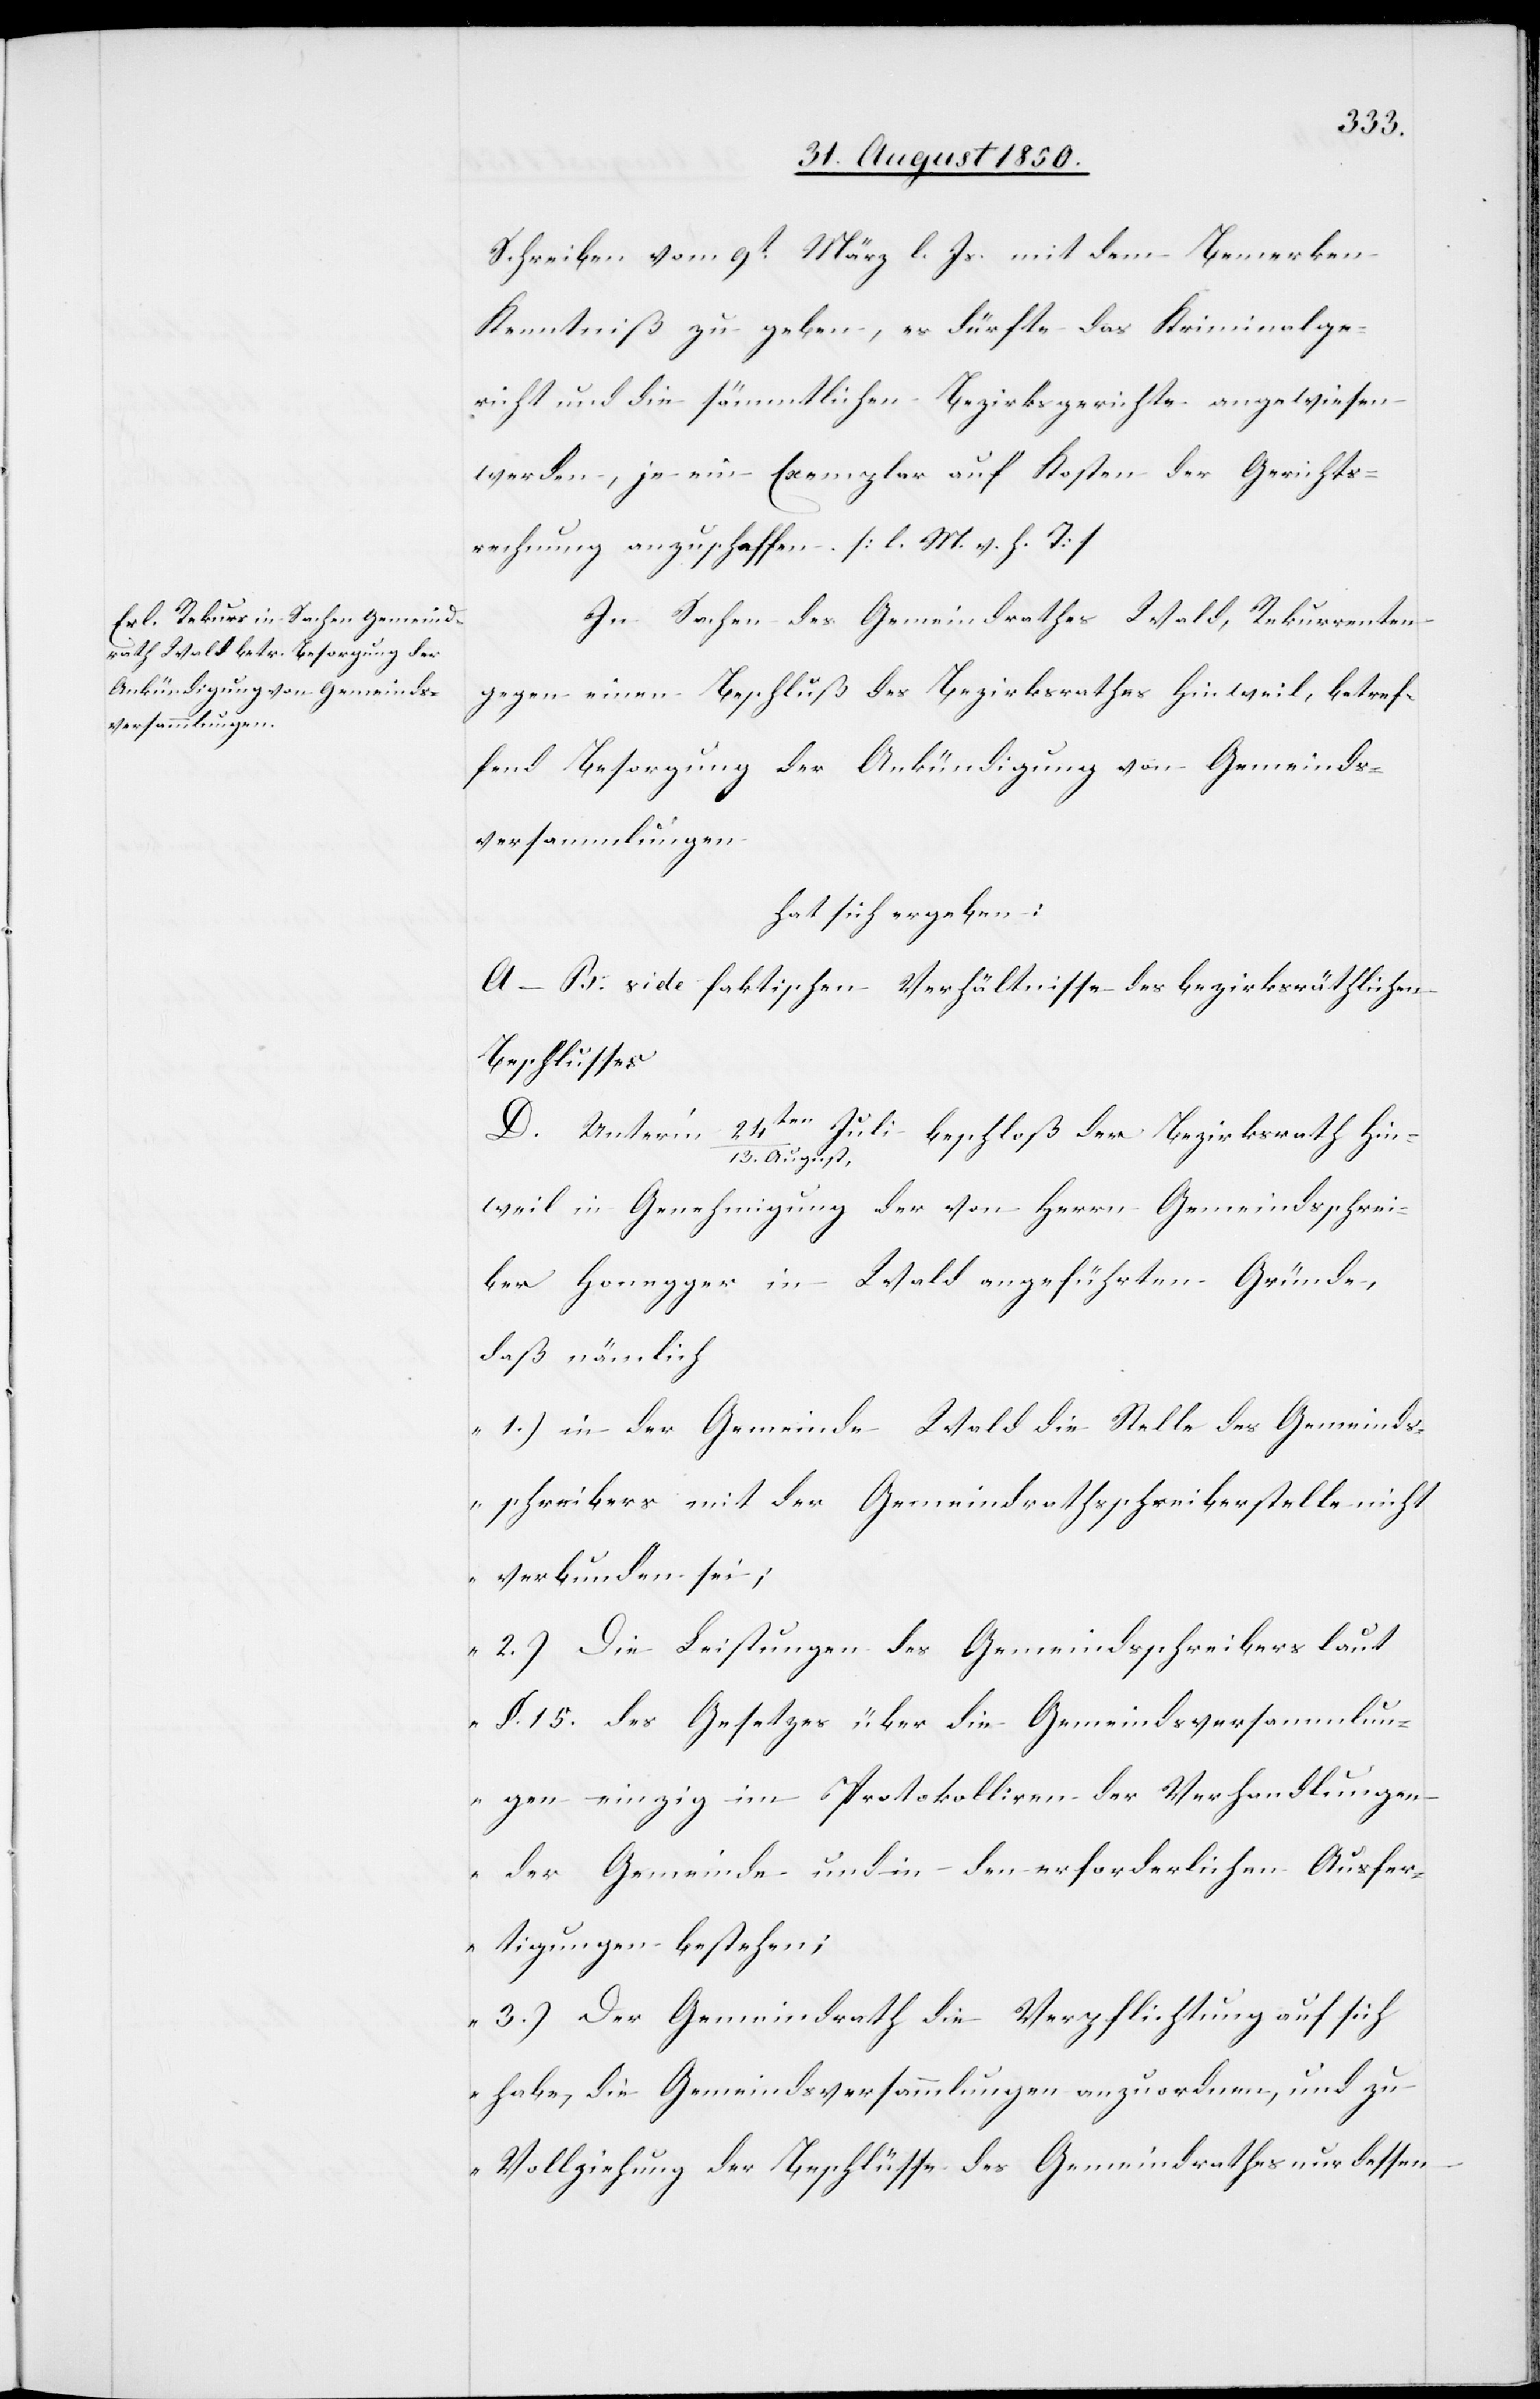
Hin¬
Schreiben vom 9t März l. Js. mit dem Bemerken
Kenntniß zu geben, es dürfte das Kriminalge¬
richt und die sämmtlichen Bezirksgerichte angewiesen
werden, je ein Exemplar auf Kosten der Gerichts¬
rechnung anzuschaffen. [l. M. v. h. T]
In Sachen des Gemeindrathes Wald, Rekurrenten
gegen einen Beschluß des Bezirksrathes Hinweil, betref¬
fend Besorgung der Ankündigung von Gemeinds¬
versammlungen
hat sich ergeben:
A–B. vide faktischen [sic!] Verhältnisse des bezirksräthlichen
Beschlusses
weil in Genehmigung der von Herrn Gemeindsschrei¬
ber Honegger in Wald angeführten Gründe,
daß nämlich
„1.) in der Gemeinde Wald die Stelle des Gemeinds¬
schreibers mit der Gemeindrathsschreiberstelle nicht
verbunden sei;
2.) Die Leistungen des Gemeindsschreibers laut
§. 15. des Gesetzes über die Gemeindsversammlun¬
gen einzig im Protokolliren der Verhandlungen
der Gemeinde und in den erforderlichen Ausfer¬
tigungen bestehen;
3.) Der Gemeindrath die Verpflichtung auf sich
habe, die Gemeindsversammlungen anzuordnen, und zu
Vollziehung der Beschlüsse des Gemeindrathes nur dessen